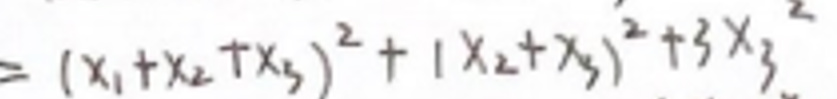
$= ( x _ { 1 } + x _ { 2 } + x _ { 3 } ) ^ { 2 } + ( x _ { 2 } + x _ { 3 } ) ^ { 2 } + 3 x _ { 3 } ^ { 2 }$